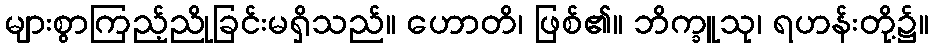
များစွာကြည့်ညိုခြင်းမရှိသည်။ ဟောတိ၊ ဖြစ်၏။ ဘိက္ခူသု၊ ရဟန်းတို့၌။